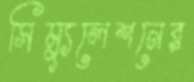
সিম্যুলেশনের